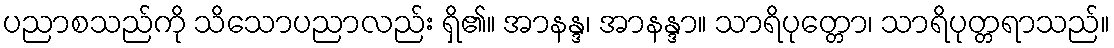
ပညာစသည်ကို သိသောပညာလည်း ရှိ၏။ အာနန္ဒ၊ အာနန္ဒာ။ သာရိပုတ္တော၊ သာရိပုတ္တရာသည်။